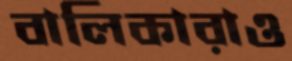
বালিকারাও